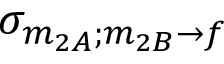
\sigma _ { m _ { 2 A } ; m _ { 2 B } \rightarrow f }